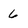
Character: 6